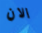
الان